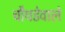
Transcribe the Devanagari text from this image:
चौघडेवाले